Civil Veterinary Dept. North-West Frontier Province 1901-22 - 1901-1922
Year: 1901
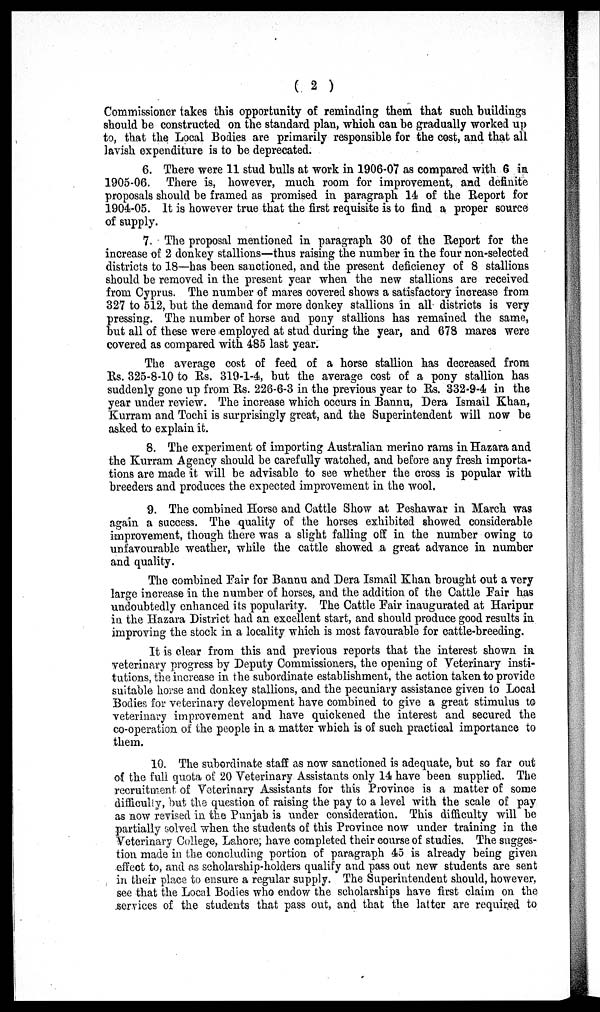
( 2 )
Commissioner takes this opportunity of reminding them that such buildings
should be constructed on the standard plan, which can be gradually worked up
to, that the Local Bodies are primarily responsible for the cost, and that all
lavish expenditure is to be deprecated.
6. There were 11 stud bulls at work in 1906-07 as compared with 6 in
1905-06. There is, however, much room for improvement, and definite
proposals should be framed as promised in paragraph 14 of the Report for
1904-05. It is however true that the first requisite is to find a proper source
of supply.
7. The proposal mentioned in paragraph 30 of the Report for the
increase of 2 donkey stallions—thus raising the number in the four non-selected
districts to 18—has been sanctioned, and the present deficiency of 8 stallions
should be removed in the present year when the new stallions are received
from Cyprus. The number of mares covered shows a satisfactory increase from
327 to 512, but the demand for more donkey stallions in all districts is very
pressing. The number of horse and pony stallions has remained the same,
but all of these were employed at stud during the year, and 678 mares were
covered as compared with 485 last year.
The average cost of feed of a horse stallion has decreased from
Rs. 325-8-10 to Rs. 319-1-4, but the average cost of a pony stallion has
suddenly gone up from Rs. 226-6-3 in the previous year to Rs. 332-9-4 in the
year under review. The increase which occurs in Bannu, Dera Ismail Khan,
Kurram and Tochi is surprisingly great, and the Superintendent will now be
asked to explain it.
8. The experiment of importing Australian merino rams in Hazara and
the Kurram Agency should be carefully watched, and before any fresh importa-
tions are made it will be advisable to see whether the cross is popular with
breeders and produces the expected improvement in the wool.
9. The combined Horse and Cattle Show at Peshawar in March was
again a success. The quality of the horses exhibited showed considerable
improvement, though there was a slight falling off in the number owing to
unfavourable weather, while the cattle showed a great advance in number
and quality.
The combined Fair for Bannu and Dera Ismail Khan brought out a very
large increase in the number of horses, and the addition of the Cattle Fair has
undoubtedly enhanced its popularity. The Cattle Fair inaugurated at Haripur
in the Hazara District had an excellent start, and should produce good results in
improving the stock in a locality which is most favourable for cattle-breeding.
It is clear from this and previous reports that the interest shown in
veterinary progress by Deputy Commissioners, the opening of Veterinary insti-
tutions, the increase in the subordinate establishment, the action taken to provide
suitable horse and donkey stallions, and the pecuniary assistance given to Local
Bodies for veterinary development have combined to give a great stimulus to
veterinary improvement and have quickened the interest and secured the
co-operation of the people in a matter which is of such practical importance to
them.
10. The subordinate staff as now sanctioned is adequate, but so far out
of the full quota of 20 Veterinary Assistants only 14 have been supplied. The
recruitment of Veterinary Assistants for this Province is a matter of some
difficulty, but the question of raising the pay to a level with the scale of pay
as now revised in the Punjab is under consideration. This difficulty will be
partially solved when the students of this Province now under training in the
Veterinary College, Lahore; have completed their course of studies. The sugges-
tion made in the concluding portion of paragraph 45 is already being given
effect to, and as scholarship-holders qualify and pass out new students are sent
in their place to ensure a regular supply. The Superintendent should, however,
see that the Local Bodies who endow the scholarships have first claim on the
services of the students that pass out, and that the latter are required to